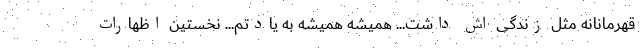
قهرمانانه مثل زندگی اش داشت... همیشه همیشه به یادتم... نخستین اظهارات